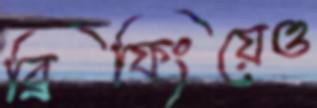
ব্রিফিংয়েও